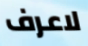
لاعرف